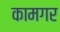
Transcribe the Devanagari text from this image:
कामगर